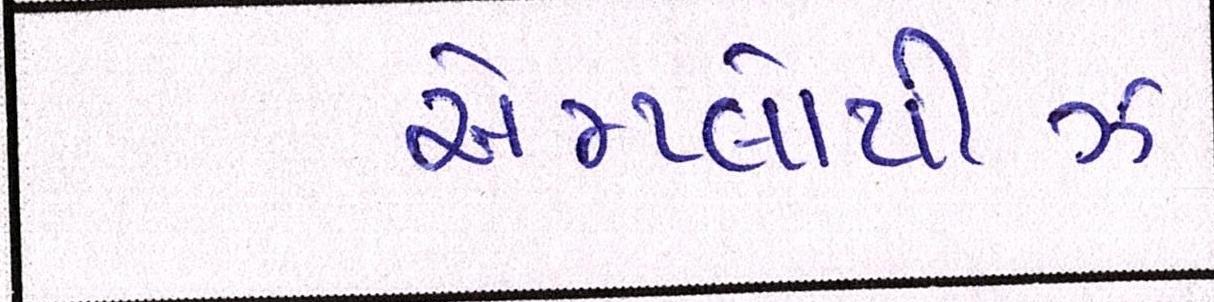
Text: એમ્પ્લોયીઝ